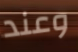
وعند